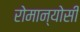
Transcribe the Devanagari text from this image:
रोमान्योसी